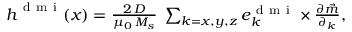
\begin{array} { r } { \boldsymbol { h } ^ { \mathrm { ~ d ~ m ~ i ~ } } ( \boldsymbol { x } ) = \frac { 2 \, D } { \mu _ { 0 } \, M _ { s } } \; \sum _ { k = x , y , z } \boldsymbol { e } _ { k } ^ { \mathrm { ~ d ~ m ~ i ~ } } \times \frac { \partial \vec { m } } { \partial _ { k } } , } \end{array}